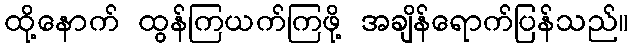
ထို့နောက် ထွန်ကြယက်ကြဖို့ အချိန်ရောက်ပြန်သည်။